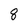
Character: 8